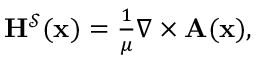
\begin{array} { r } { \mathbf { H } ^ { \mathcal { S } } ( \mathbf { x } ) = \frac { 1 } { \mu } \nabla \times \mathbf { A } ( \mathbf { x } ) , } \end{array}